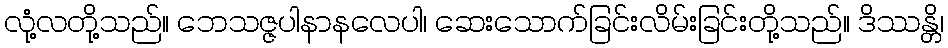
လုံ့လတို့သည်။ ဘေသဇ္ဇပါနာနလေပါ၊ ဆေးသောက်ခြင်းလိမ်းခြင်းတို့သည်။ ဒိဿန္တိ၊